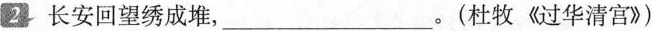
2 长安回望绣成堆，___。(杜牧《过华清宫》)